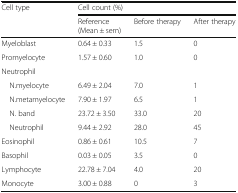
<table><thead><tr><td rowspan="2"><b>Cell type</b></td><td colspan="3"><b>Cell count (%)</b></td></tr><tr><td><b>Reference(Mean ± sem)</b></td><td><b>Before therapy</b></td><td><b>After therapy</b></td></tr></thead><tbody><tr><td>Myeloblast</td><td>0.64 ± 0.33</td><td>1.5</td><td>0</td></tr><tr><td>Promyelocyte</td><td>1.57 ± 0.60</td><td>1.0</td><td>0</td></tr><tr><td colspan="4">Neutrophil</td></tr><tr><td> N.myelocyte</td><td>6.49 ± 2.04</td><td>7.0</td><td>1</td></tr><tr><td> N.metamyelocyte</td><td>7.90 ± 1.97</td><td>6.5</td><td>1</td></tr><tr><td> N. band</td><td>23.72 ± 3.50</td><td>33.0</td><td>20</td></tr><tr><td> Neutrophil</td><td>9.44 ± 2.92</td><td>28.0</td><td>45</td></tr><tr><td>Eosinophil</td><td>0.86 ± 0.61</td><td>10.5</td><td>7</td></tr><tr><td>Basophil</td><td>0.03 ± 0.05</td><td>3.5</td><td>0</td></tr><tr><td>Lymphocyte</td><td>22.78 ± 7.04</td><td>4.0</td><td>20</td></tr><tr><td>Monocyte</td><td>3.00 ± 0.88</td><td>0</td><td>3</td></tr></tbody></table>